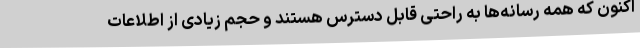
اکنون که همه رسانه‌ها به راحتی قابل دسترس هستند و حجم زیادی از اطلاعات